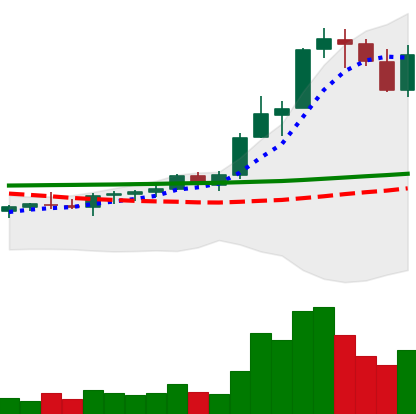
Ticker: ADA-USD
Chart end date: 2021-08-18
Forward return: 38.359%
Label: up_7plus